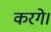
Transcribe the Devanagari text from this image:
करगे।